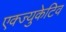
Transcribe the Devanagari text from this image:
एक्ज्युकेटिव